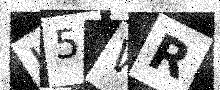
Text: K5WR